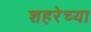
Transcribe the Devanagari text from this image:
शहरेच्या